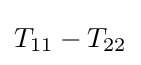
T_{11}-T_{22}